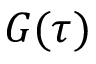
G ( \tau )